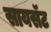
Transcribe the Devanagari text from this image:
सायसॅट